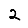
Digit: 2